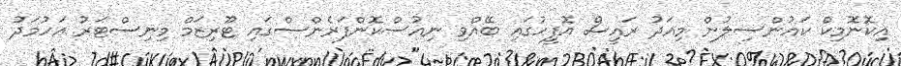
އިކޮނޮމިކް ކައުންސިލުން މިއަދު ރައީސް އޮފީހުގައި ބޭއްވި ނިއުސްކޮންފަރެންސްގައި ޓޫރިޒަމް މިނިސްޓަރު އަހުމަދު